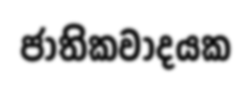
ජාතිකවාදයක